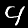
Digit: 4